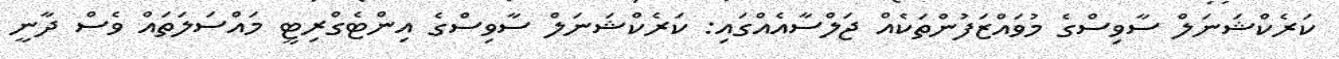
ކަރެކްޝަނަލް ސާވިސްގެ މުވައްޒަފުންތަކެއް ޖަލްސާއެއްގައި: ކަރެކްޝަނަލް ސާވިސްގެ އިންޓެގްރިޓީ މައްސަލަތައް ވެސް ދާނީ